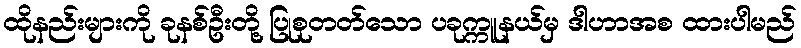
ထိုနည်းများကို ခုနစ်ဦးတို့ ပြုစုတတ်သော ပခုက္ကူနယ်မှ ဒါဟာအစ ထားပါမည်